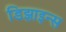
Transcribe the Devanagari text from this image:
डिझाइन्स